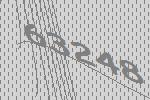
63248